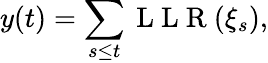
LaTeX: y(t)=\sum_{s\leq t}\mathrm{~L~L~R~}(\xi_{s}),